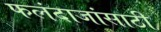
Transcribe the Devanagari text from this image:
फलंदाजांसाठी